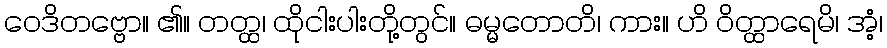
ဝေဒိတဗ္ဗော။ ၏။ တတ္ထ၊ ထိုငါးပါးတို့တွင်။ ဓမ္မတောတိ၊ ကား။ ဟိ ဝိတ္ထာရေမိ၊ အံ့၊